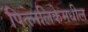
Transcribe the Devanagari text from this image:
पित्त्नलिकेमधील